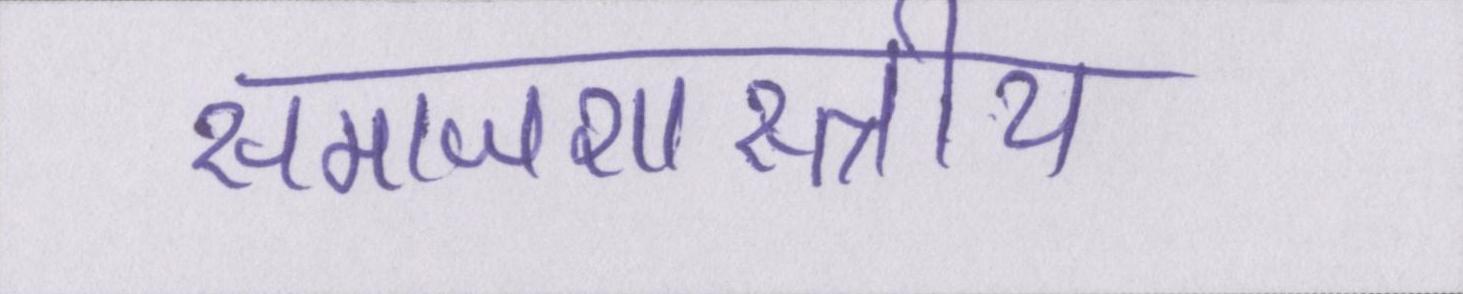
समाजशास्त्राीय